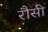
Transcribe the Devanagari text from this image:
रौसी